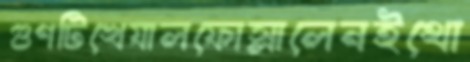
গুণটিখেযালফোস্‌লালেনইথো